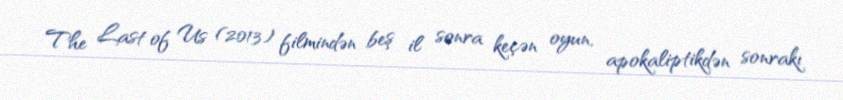
The Last of Us (2013) filmindən beş il sonra keçən oyun, apokaliptikdən sonrakı